Note on the mental hospitals in Burma - 1925-1940
Year: 1925
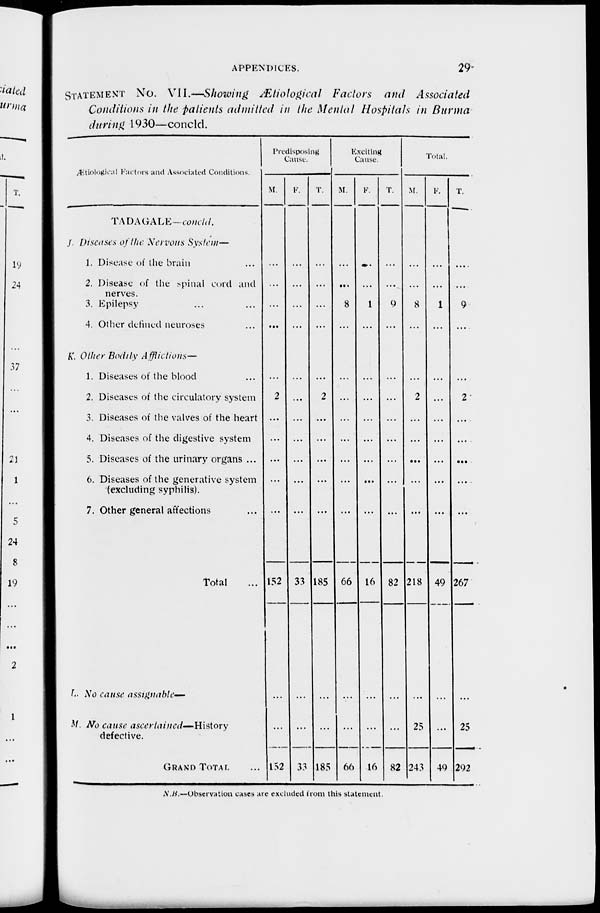
APPENDICES.
29
STATEMENT No. VII.—Showing Ætiological Factors and Associated
Conditions in the patients admitted in the Mental Hospitals in Burma
during 1930—concld.
Ætiological Factors and Associated Conditions.
TADAGALE—concld.
J. Discuses of the Nervous System—
1. Disease of the brain ...
2. Disease of the spinal cord and
nerves.
3. Epilepsy ... ...
4. Other defined neuroses ...
K. Other Bodily Afflictions—
1. Diseases of the blood ...
2. Diseases of the circulatory system
3. Diseases of the valves of the heart
4. Diseases of the digestive system
5. Diseases of the urinary organs ...
6. Diseases of the generative system
(excluding syphilis).
7. Other general affections ...
Total ...
L. No cause assignable—
M. No cause ascertained— History
defective.
GRAND TOTAL ...
Predisposing
Cause.
M.
...
...
...
...
...
2
...
...
...
...
...
152
...
...
152
F.
...
...
...
...
...
...
...
...
...
...
...
33
...
...
33
T.
...
...
...
...
...
2
...
...
...
...
...
185
...
...
185
Exciting
Cause.
M.
...
...
8
...
...
...
...
...
...
...
...
66
...
...
66
F.
...
...
1
...
...
...
...
...
...
...
...
16
...
...
16
T.
...
...
9
...
...
...
...
...
...
...
...
82
...
...
82
Total.
M.
...
...
8
...
...
2
...
...
...
...
...
218
...
25
243
F.
...
...
1
...
...
...
...
...
...
...
...
49
...
...
49
T.
...
...
9
...
...
2
...
...
...
...
...
267
...
25
292
N.B.—Observation cases are excluded from this statement.